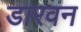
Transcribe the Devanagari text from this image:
डारवन